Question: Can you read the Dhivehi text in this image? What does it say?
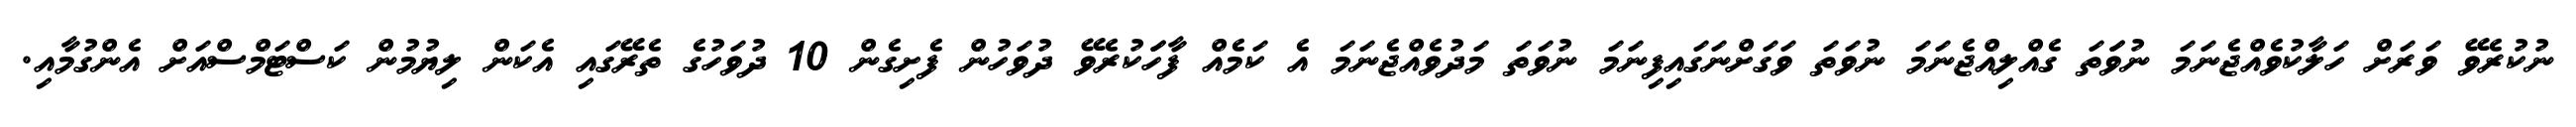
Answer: ނުކުރެވޭ ވަރަށް ހަލާކުވެއްޖެނަމަ ނުވަަތަ ގެއްލިއްޖެނަމަ ނުވަތަ ވަގަށްނަގައިފިނަމަ ނުވަތަ މަދުވެއްޖެނަމަ އެ ކަމެއް ފާހަަކުރެވޭ ދުވަހުން ފެށިގެން 10 ދުވަހުގެ ތެރޭގައި އެކަން ލިޔުމުން ކަސްޓަމްސްއަށް އެންގުމާއި.